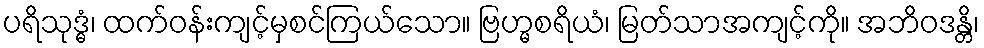
ပရိသုဒ္ဓံ၊ ထက်ဝန်းကျင့်မှစင်ကြယ်သော။ ဗြဟ္မစရိယံ၊ မြတ်သာအကျင့်ကို။ အဘိဝဒန္တိ၊